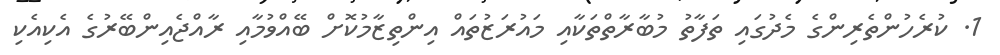
1. ކުރެހުންތެރިންގެ މެދުގައި ތަފާތު މުބާރާތްތަކާއި މައުރަޒުތައް އިންތިޒާމުކޮށް ބޭއްވުމާއި ރާއްޖެއިންބޭރުގެ އެކިއެކި